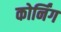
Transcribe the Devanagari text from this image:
कोर्निंग